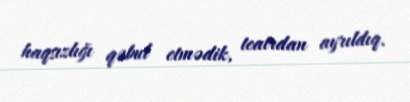
haqsızlığı qəbul etmədik, teatrdan ayrıldıq.